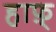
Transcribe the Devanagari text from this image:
हाफ़्